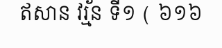
ឥសាន វរ្ម័ន ទី១ ( ៦១៦